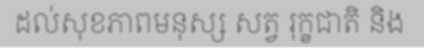
ដល់សុខភាពមនុស្ស សត្វ រុក្ខជាតិ និង